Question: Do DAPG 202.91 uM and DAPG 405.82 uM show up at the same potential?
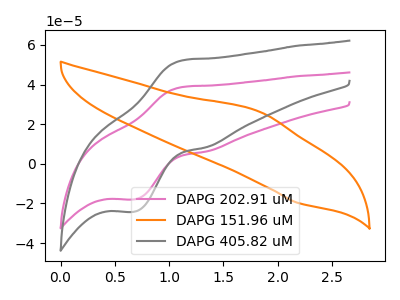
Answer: <think>The pink curve "DAPG 202.91 uM" has an anodic peak at (1.15V, 38.80uA) and a cathodic peak at (0.70V, -17.95uA). The orange curve "DAPG 151.96 uM" has an anodic peak at (1.80V, 26.45uA) and a cathodic peak at (2.20V, -19.85uA). The gray curve "DAPG 405.82 uM" has an anodic peak at (1.15V, 52.25uA) and a cathodic peak at (0.70V, -24.20uA).
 All the peaks in "DAPG 202.91 uM" have a peak in "DAPG 405.82 uM" at the same potential. Every peak in "DAPG 202.91 uM" is lower than every peak in "DAPG 405.82 uM".</think>
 <answer>"DAPG 202.91 uM" and "DAPG 405.82 uM" are similar in shape.</answer>
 <eval>same_shape</eval>